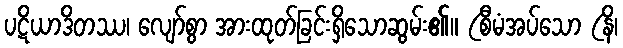
ပဋိယာဒိတဿ၊ လျော်စွာ အားထုတ်ခြင်းရှိသောဆွမ်း၏။ (စီမံအပ်သော (နိ၊